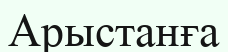
Арыстанға